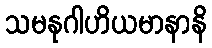
သမနုဂါဟိယမာနာနိ